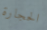
الحجارة